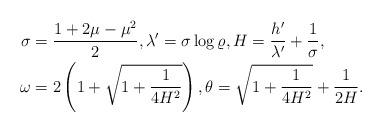
LaTeX: \begin{align*}\sigma&=\frac{1+2\mu-\mu^2}{2},\lambda'=\sigma \log \varrho,H=\frac{h'}{\lambda '}+\frac{1}{\sigma},\\\omega&=2\left( 1+\sqrt{1+\frac{1}{4H^2}}\right),\theta=\sqrt{1+\frac{1}{4H^2}}+\frac{1}{2H}.\end{align*}